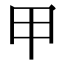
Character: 甲